Plague in India, 1896, 1897 - Volume 3
Year: 1896
Disease focus: Plague
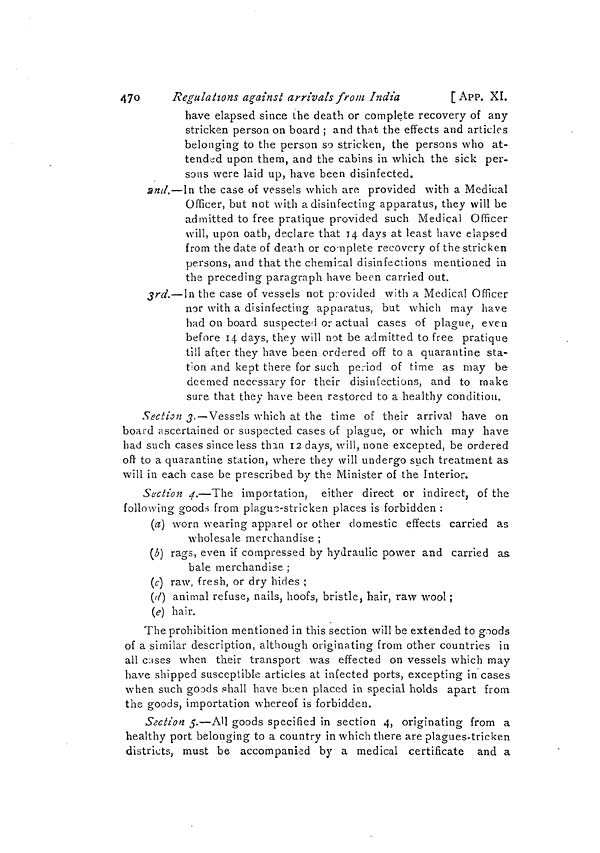
470
Regulations against arrivals from India
[App. XI.
have elapsed since the death or complete recovery of any
stricken person on board ; and that the effects and articles
belonging to the person so stricken, the persons who at-
tended upon them, and the cabins in which the sick per-
sons were laid up, have been disinfected.
2nd.—In the case of vessels which are provided with a Medical
Officer, but not with a disinfecting apparatus, they will be
admitted to free pratique provided such Medical Officer
will, upon oath, declare that 14 days at least have elapsed
from the date of death or complete recovery of the stricken
persons, and that the chemical disinfections mentioned in
the preceding paragraph have been carried out.
3rd.—In the case of vessels not provided with a Medical Officer
nor with a disinfecting apparatus, but which may have
had on board suspected or actual cases of plague, even
before 14 days, they will not be admitted to free pratique
till after they have been ordered off to a quarantine sta-
tion and kept there for such period of time as may be
deemed necessary for their disinfections, and to make
sure that they have been restored to a healthy condition.
Section 3.—Vessels which at the time of their arrival have on
board ascertained or suspected cases of plague, or which may have
had such cases since less than 12 days, will, none excepted, be ordered
off to a quarantine station, where they will undergo such treatment as
will in each case be prescribed by the Minister of the Interior.
Section 4.—The importation, either direct or indirect, of the
following goods from plague-stricken places is forbidden :
(a) worn wearing apparel or other domestic effects carried as
wholesale merchandise ;
(b) rags, even if compressed by hydraulic power and carried as
bale merchandise ;
(c) raw, fresh, or dry hides ;
(d) animal refuse, nails, hoofs, bristle, hair, raw wool ;
(e) hair.
The prohibition mentioned in this section will be extended to goods
of a similar description, although originating from other countries in
all cases when their transport was effected on vessels which may
have shipped susceptible articles at infected ports, excepting in cases
when such goods shall have been placed in special holds apart from
the goods, importation whereof is forbidden.
Section 5.—All goods specified in section 4, originating from a
healthy port belonging to a country in which there are plagues-tricken
districts, must be accompanied by a medical certificate and a